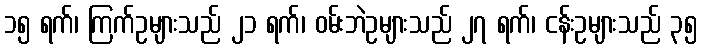
၁၅ ရက်၊ ကြက်ဥများသည် ၂၁ ရက်၊ ဝမ်းဘဲဥများသည် ၂၇ ရက်၊ ငန်းဥများသည် ၃၅